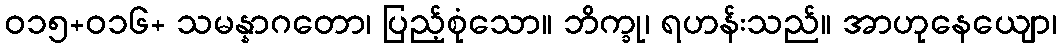
ဝ၁၅+၀၁၆+ သမန္နာဂတော၊ ပြည့်စုံသော။ ဘိက္ခု၊ ရဟန်းသည်။ အာဟုနေယျော၊